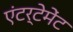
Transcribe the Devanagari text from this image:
एंटर्टेमेंट